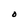
Character: O